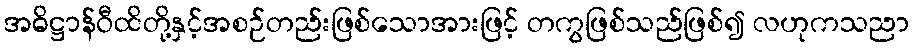
အဓိဋ္ဌာန်ဝီထိတို့နှင့်အစဉ်တည်းဖြစ်သောအားဖြင့် တကွဖြစ်သည်ဖြစ်၍ လဟုကသညာ